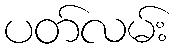
ပတ်လမ်း